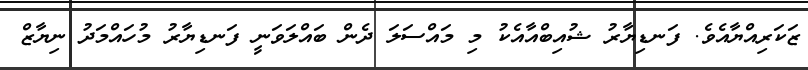
ޒަކަރިއްޔާއެވެ. ފަނޑިޔާރު ޝުއިބްއާއެކު މި މައްސަލަ ދެން ބައްލަވަނީ ފަނޑިޔާރު މުހައްމަދު ނިޔާޒް